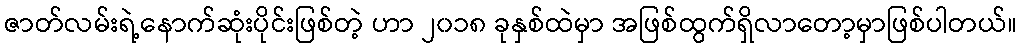
ဇာတ်လမ်းရဲ့နောက်ဆုံးပိုင်းဖြစ်တဲ့ ဟာ ၂၀၁၈ ခုနှစ်ထဲမှာ အဖြစ်ထွက်ရှိလာတော့မှာဖြစ်ပါတယ်။